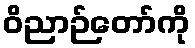
ဝိညာဉ်တော်ကို